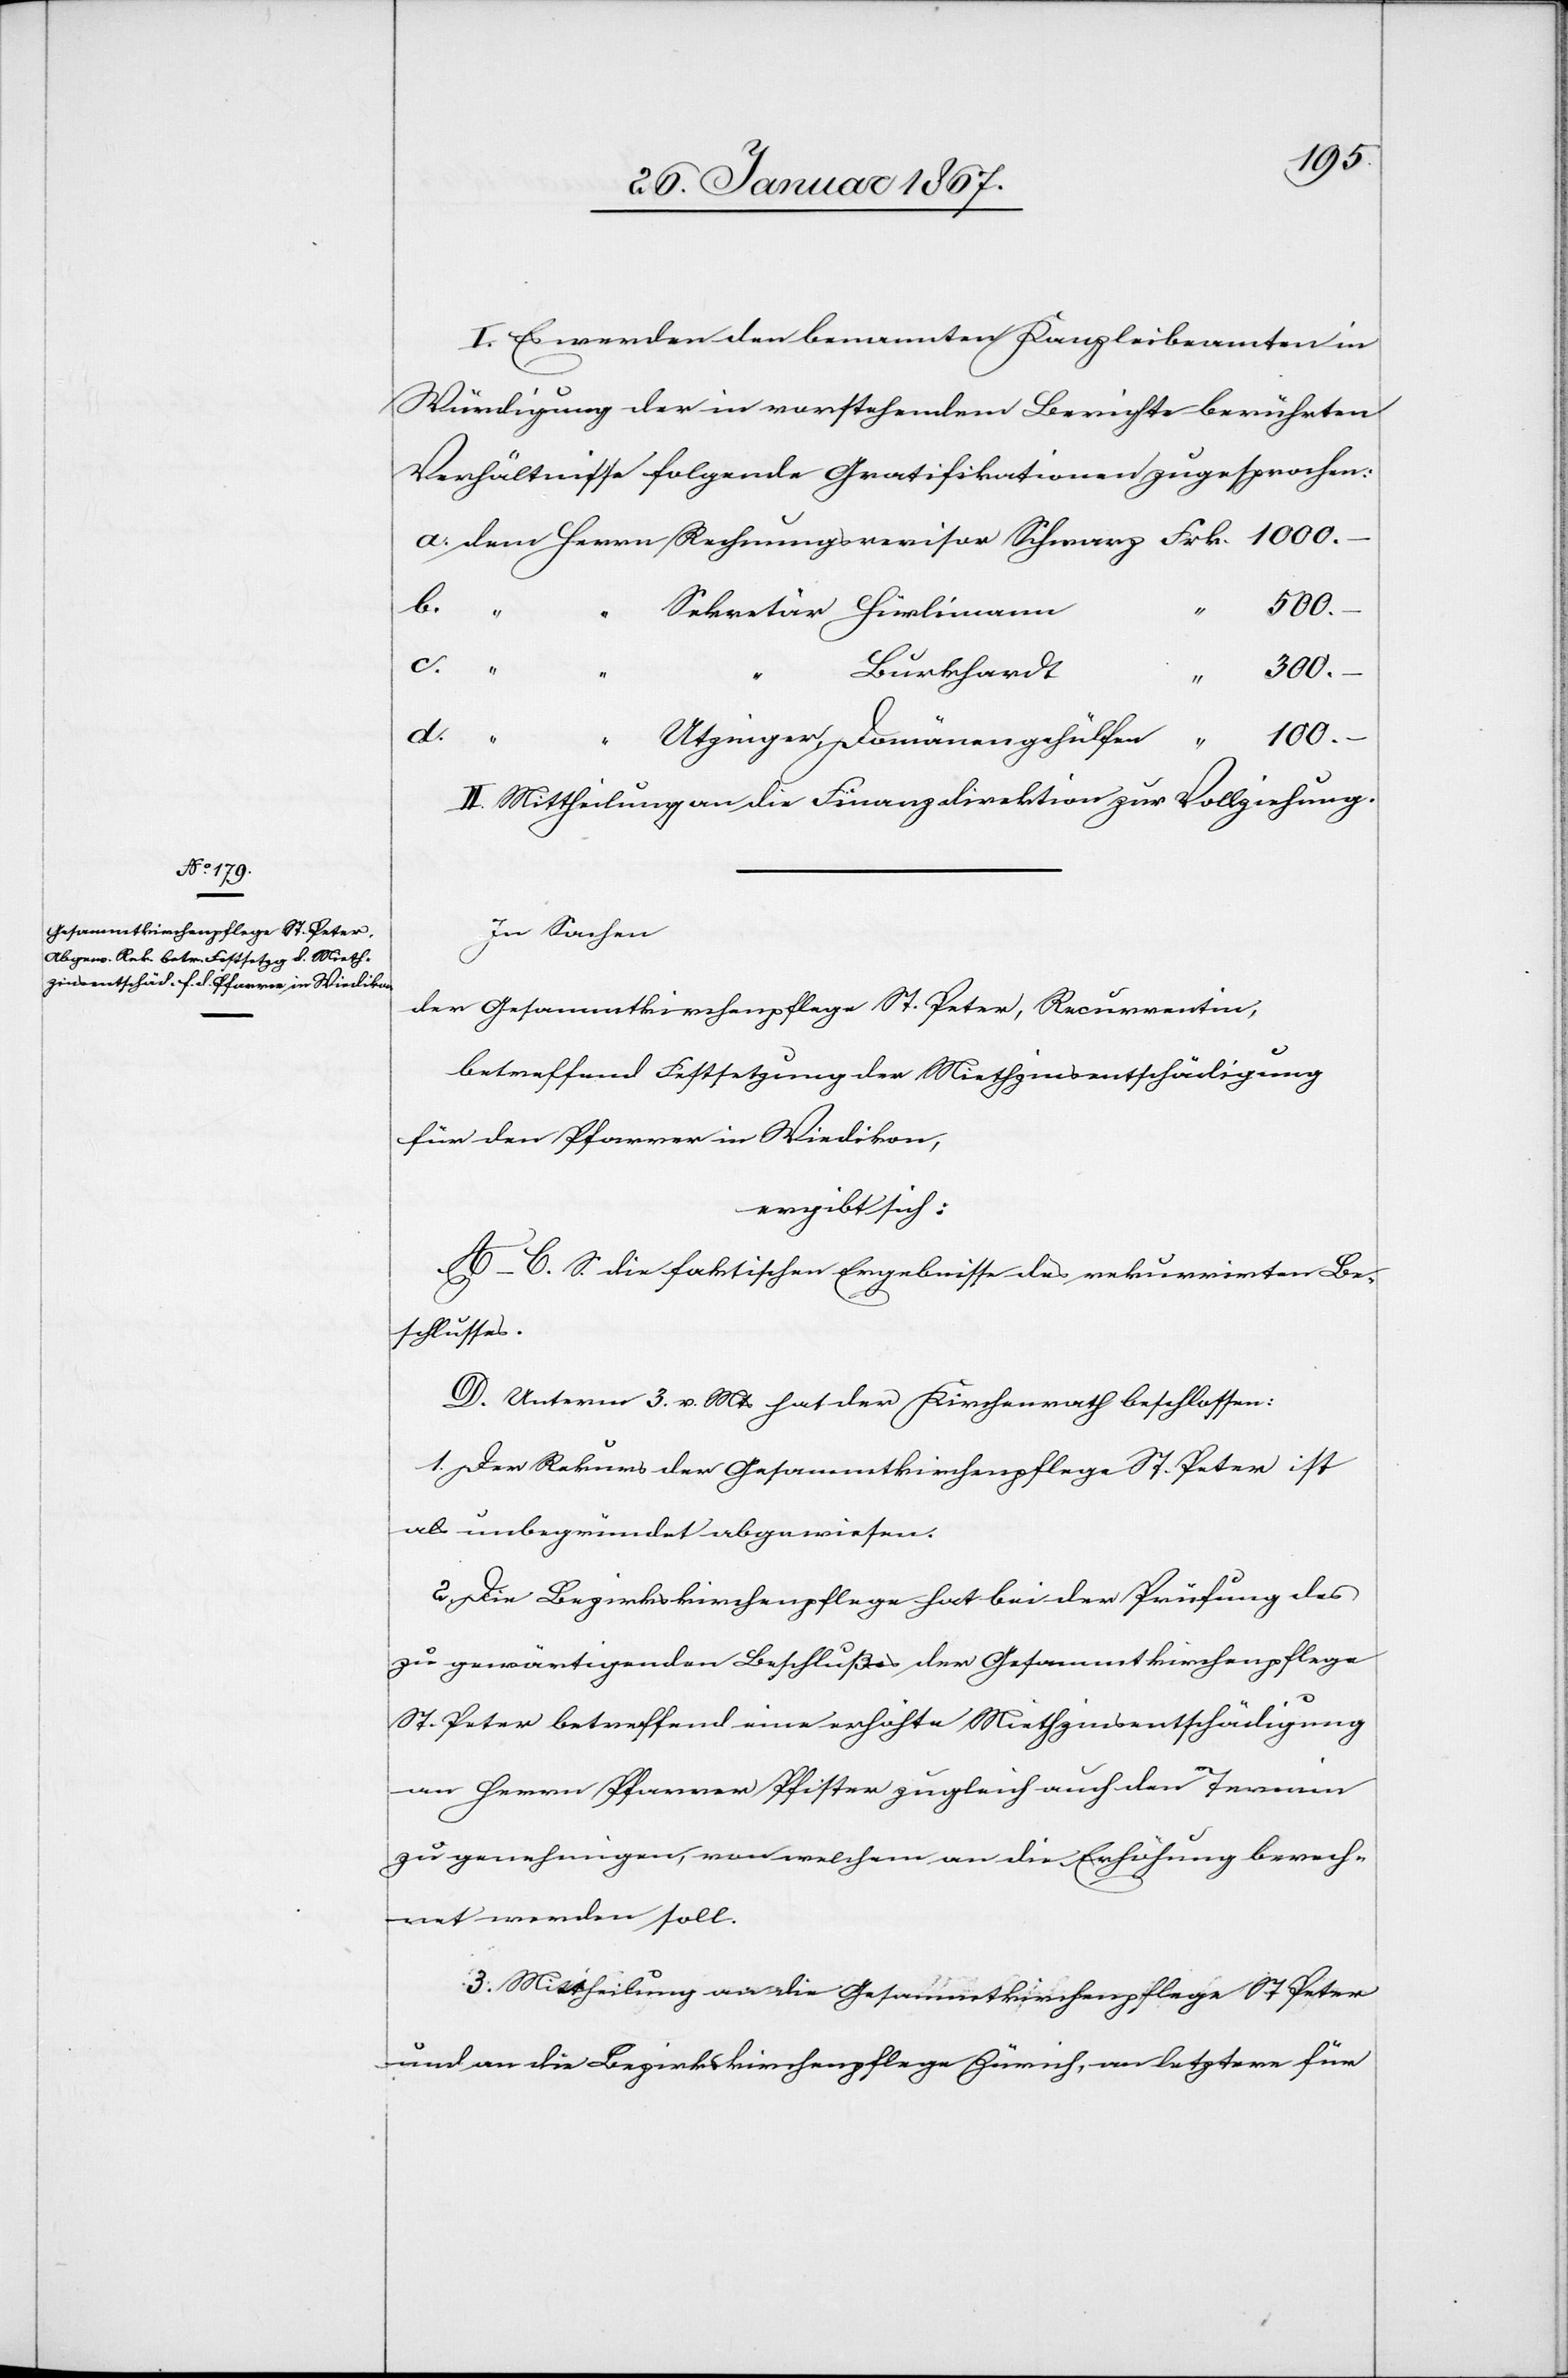
I. Es werden den benannten Kanzleibeamten in
Würdigung der in vorstehendem Berichte berührten
Verhältnisse folgende Gratifikationen zugesprochen:
500.–
c.
d.
100.–
II. Mittheilung an die Finanzdirektion zur Vollziehung.
In Sachen
der Gesammtkirchenpflege St. Peter, Recurrentin,
betreffend Festsetzung der Miethzinsentschädigung
für den Pfarrer in Wiedikon,
ergibt sich:
A–C. S. die faktischen Ergebnisse des rekurrirten Be¬
schlusses.
D. Unterm 3. v. Mts hat der Kirchenrath beschlossen:
1. Der Rekurs der Gesammtkirchenpflege St. Peter ist
als unbegründet abgewiesen.
2. Die Bezirkskirchenpflege hat bei der Prüfung des
zu gewärtigenden Beschlußes der Gesammtkirchenpflege
St. Peter betreffend eine erhöhte Miethzinsentschädigung
an Herrn Pfarrer Pfister zugleich auch den Termin
zu genehmigen, von welchem an die Erhöhung berech¬
net werden soll.
3. Mittheilung an die Gesammtkirchenpflege St. Peter
und an die Bezirkskirchenpflege Zürich, an letztere für